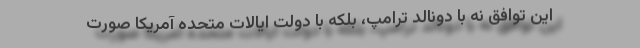
این توافق نه با دونالد ترامپ، بلکه با دولت ایالات متحده آمریکا صورت